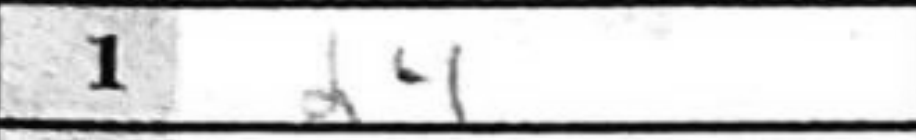
Transcription: d4